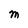
Character: M